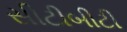
સીટીબીટી